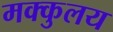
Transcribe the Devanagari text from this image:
मक्कुलय